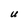
Character: U